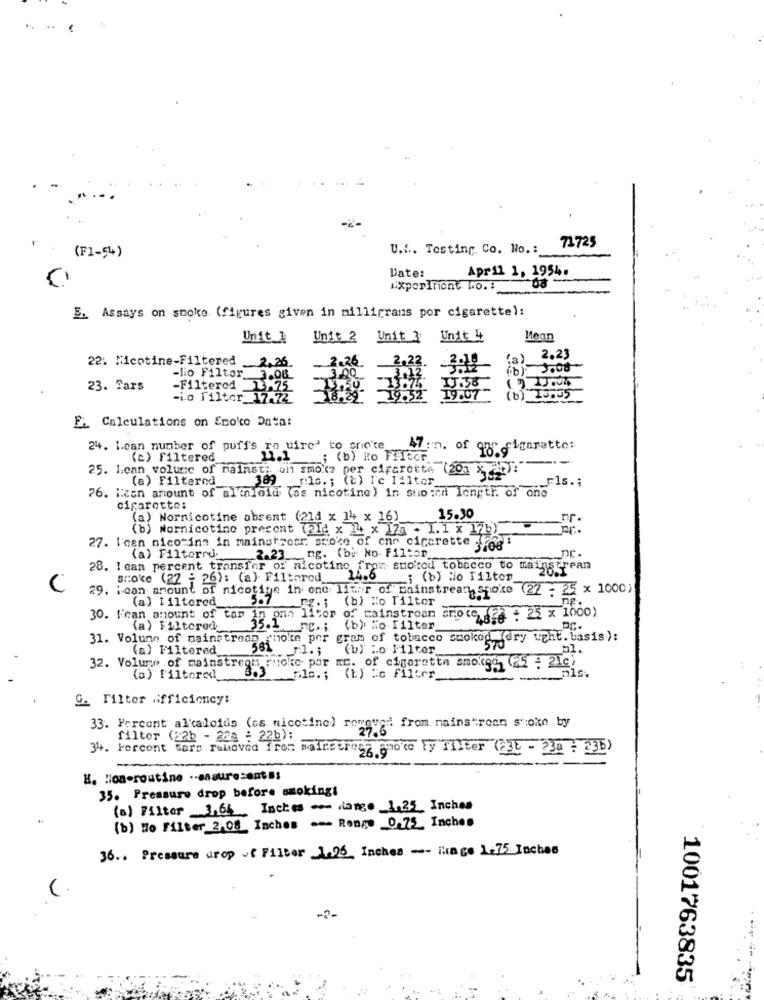
71725
U.f .. Testing, Co. No. :
(F1-54)
Date:
April 1, 1954.
1xporIniont .o. :
08
E. Assays on smoke (figures given in milligrams por cigarette):
Unit_1
Unit 2
Unit 3 Unit 4
Mean
2.26
(a) 2.23
22: Nicotine-Filtered 2,26
3.00
-lio Filter_ 3.08
23. Fars
-Filtered 13475
-i.o Filter 17.72
(b) La.05
E. Calculations on Emolto Data:
24. Lean number of puff's re uired to srio'te_
47 n. of 970 -figaretto:
(a) Filtered
22.1
; (b) Ro Filter
25. Lean volure of nainsti uli smoke per cirarotte (201 x ".
(a) Filtered_
389 mls. ; (b) I'c filter_
76. Hean amount of alinloid (os nicotine) in suo:ed longtr. of one
Fls .;
cigarette:
(a) Nornicotine absent (214 x 14 x 16)_
15.30
(b) Nornicotine present (214 x ]+ x 17a . 1.1 x 17b)
27. l'ogn nicotine in mainstreor, smoke of cnr cigarette -fog
ng. (by: No- Filter
nr.
(a) Filtered_
2.23
28. I can percent transfer of nicotine from suorod tobacco to mainstrean
Broke (22 : 26): (a) Filtered_
24.6 ; (b) No filter
29. ioan amount of nicotine in one liter of mainstream, spoke (22 : 25 x 1000)
(a) I iltered_
(b) Ho Tilter
30. F'ean amount of tam in omn liter of rainstrean srote (2a : 25 x 1000)
(a) Filtered
.nc .; (b) No Filter
31. Volume of mainstream
chefoin por gram of tobacco smoked (dry ught. basis):
(a) Filtered
(b) Lo Filter
32. Volume of mainstream rnoko por mc. of cigarette smokeg (25 : 21)
-als
(a) Filtered
3.3 nlc .; (b) =c filter
G. Filter #fficiency:
33. Porcent alkaloids (ss nicotine) romeved from mains "rean soke by
filter (22b - 228 : 22b):
34. Percent fare removed from mainscross prote Fy Filter (231 - 23a : 235)
H. Hon-routine .- assure=ents:
35. Pressure drop before smoking!
(a) Filter 3.64 Inches - dango 1.25 Inches
(b) No Filter 2.08 Inches --- Ronge 0.75 Inches
36 .. Pressure drop of Filter 1.06 Inches --- itage 1.75 Inches
1001763835